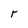
Character: r